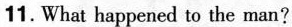
11. What happened to the man?